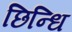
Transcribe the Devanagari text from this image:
छिन्धि